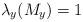
LaTeX: \begin{align*} \lambda_y(M_y) = 1\end{align*}